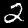
Digit: 2